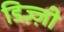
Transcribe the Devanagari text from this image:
डिज़्ज़ी